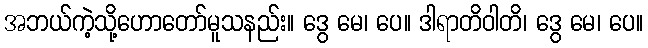
အဘယ်ကဲ့သို့ဟောတော်မူသနည်း။ ဒွေ မေ၊ ပေ။ ဒါရာတိဝါတိ၊ ဒွေ မေ၊ ပေ။